Scientific memoirs by medical officers of the Army of India - Part I,
Year: 1884
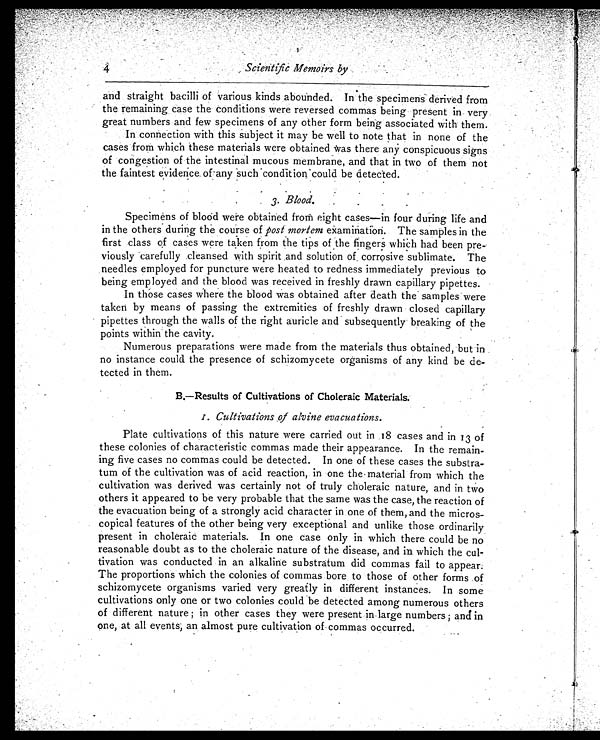
4
Scientific Memoirs by
and straight bacilli of various kinds abounded. In the specimens derived from
the remaining case the conditions were reversed commas being present in very
great numbers and few specimens of any other form being associated with them.
In connection with this subject it may be well to note that in none of the
cases from which these materials were obtained was there any conspicuous signs
of congestion of the intestinal mucous membrane, and that in two of them not
the faintest evidence of any such condition could be detected.
•
3. Blood.
Specimens of blood were obtained from eight cases—in four during life and
in the others during the course of post mortem examination. The samples in the
first class of cases were taken from the tips of the fingers which had been pre
-viously carefully cleansed with spirit and solution of corrosive sublimate. The
needles employed for puncture were heated to redness immediately previous to
being employed and the blood was received in freshly drawn capillary pipettes.
In those cases where the blood was obtained after death the samples were
taken by means of passing the extremities of freshly drawn closed capillary
pipettes through the walls of the right auricle and subsequently breaking of the
points within the cavity.
Numerous preparations were made from the materials thus obtained, but in
no instance could the presence of schizomycete organisms of any kind be de
-tected in them.
B.—Results of Cultivations of Choleraic Materials.
I
. Cultivations of alvine evacuations.
Plate cultivations of this nature were carried out in 18 cases and in 13 of
these colonies of characteristic commas made their appearance. In the remain
-ing five cases no commas could be detected. In one of these cases the substra-
-tum of the cultivation was of acid reaction, in one the material from which the
cultivation was derived was certainly not of truly choleraic nature, and in two
others it appeared to be very probable that the same was the case, the reaction of
the evacuation being of a strongly acid character in one of them, and the micros
-copical features of the other being very exceptional and unlike those ordinarily
present in choleraic materials. In one case only in which there could be no
reasonable doubt as to the choleraic nature of the disease, and in which the cul
-tivation was conducted in an alkaline substratum did commas fail to appear.
The proportions which the colonies of commas bore to those of other forms of
schizomycete organisms varied very greatly in different instances. In some
cultivations only one or two colonies could be detected among numerous others
of different nature; in other cases they were present in large numbers; and in
one, at all events, an almost pure cultivation of commas occurred.